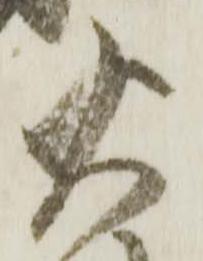
火